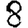
Digit: 8